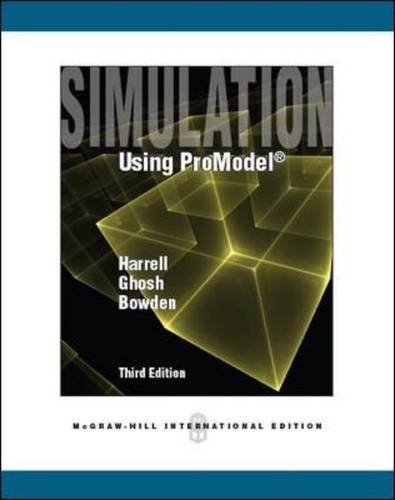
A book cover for Simulation Using ProModel; Charles R. Harrell; Computers & Technology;